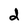
Character: d